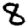
Digit: 8